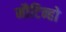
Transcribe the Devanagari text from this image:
मौटिन्हो